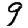
Digit: 9